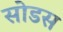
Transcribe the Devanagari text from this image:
सोडस